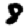
Digit: 8